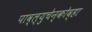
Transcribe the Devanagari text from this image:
पाव्ल्युचेन्कोव्हा